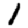
Digit: 1